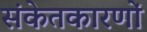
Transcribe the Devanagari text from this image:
संकेतकारणों